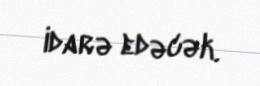
idarə edəcək.